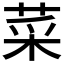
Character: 菜